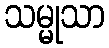
သမ္မုသာ